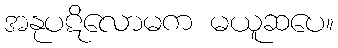
အနုပဋိလောမက မယူဆပေ။